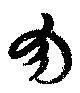
勿